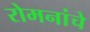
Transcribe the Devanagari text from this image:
रोमनांचे